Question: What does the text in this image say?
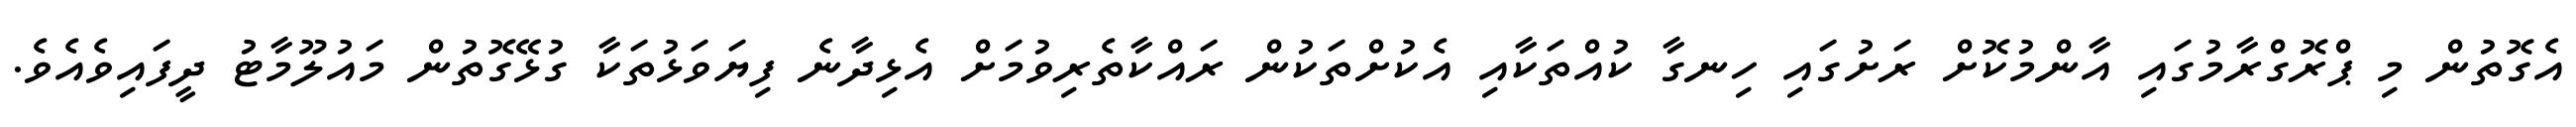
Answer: އެގޮތުން މި ޕްރޮގްރާމުގައި އާންމުކޮށް ރަށުގައި ހިނގާ ކުއްތަކާއި އެކުށްތަކުން ރައްކާތެރިވުމަށް އެޅިދާނެ ފިޔަވަޅުތަކާ ގުޅޭގޮތުން މައުލޫމާޓު ދީފައިވެއެވެ.